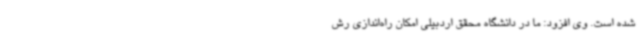
شده است. وی افزود: ما در دانشگاه محقق اردبیلی امکان راه‌اندازی رش